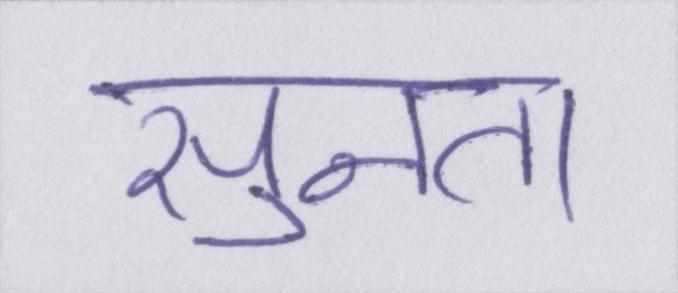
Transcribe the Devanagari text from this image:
सुनता